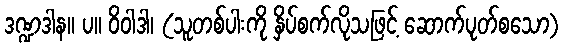
ဒဏ္ဍဒါန။ ပ။ ဝိဝါဒါ၊ (သူတစ်ပါးကို နှိပ်စက်လိုသဖြင့် ဆောက်ပုတ်စသော)